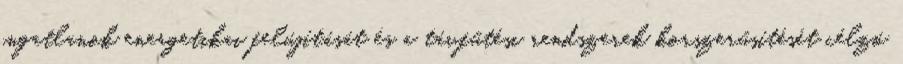
ingatlanok energetikai felújítását és a távfűtési rendszerek korszerűsítését célzó